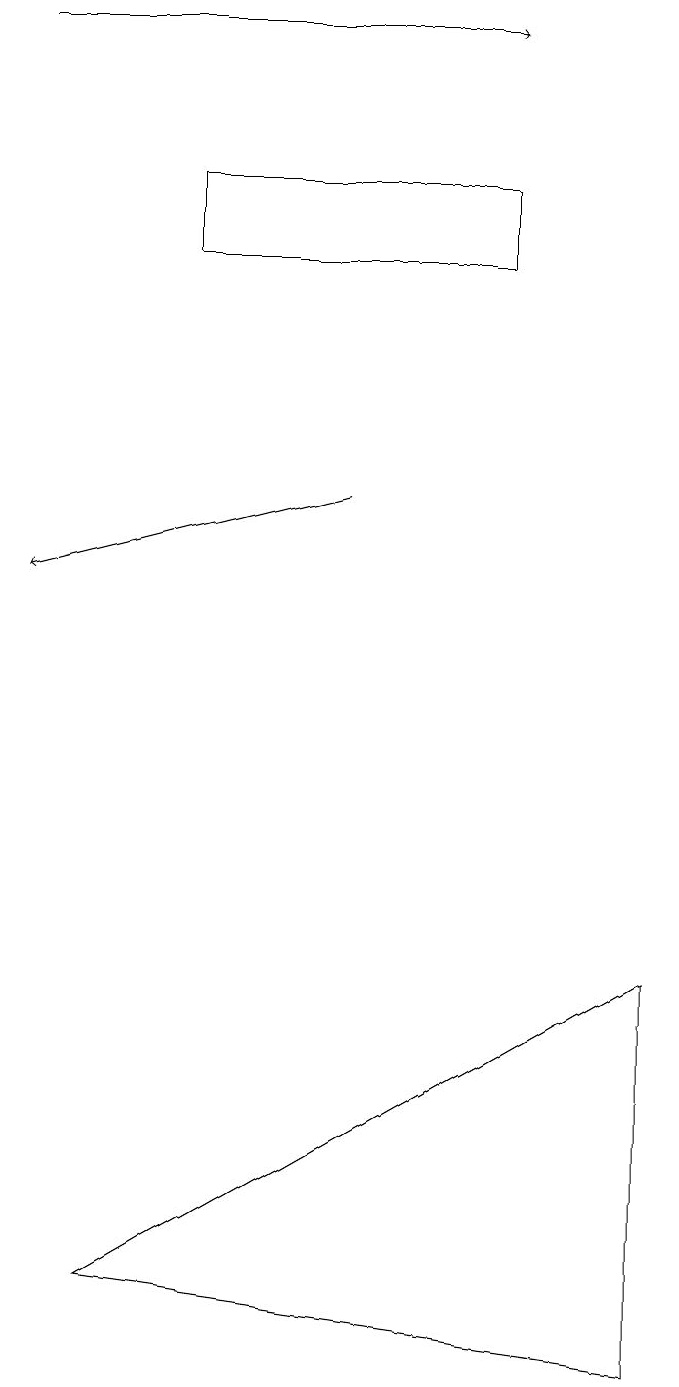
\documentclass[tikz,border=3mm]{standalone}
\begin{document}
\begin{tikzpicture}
\draw (3,15) rectangle (7,14);
\draw[->] (1,17) -- (7,17);
\draw (9,5) -- (9,0) -- (2,1) -- cycle;
\draw[->] (5,11) -- (1,10);
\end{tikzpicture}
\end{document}